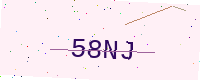
Text: 58NJ